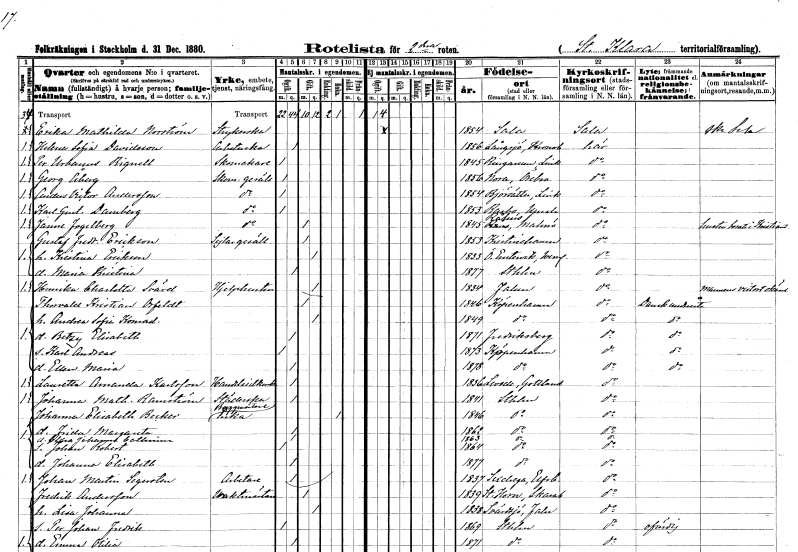
gt_parse: households: individuals: FN: Erika Mathilda
EN: Norström
YRKE: Strykerska
KON: K
CIV: O
FODAR: 1854
FODFORS: Sala Västmanlands län
FN: Helena Sofia
EN: Davidsson
YRKE: Arbeterska
KON: K
CIV: O
FODAR: 1856
FODFORS: Långasjö Kalmar län
FN: Per Urbanus
EN: Rignell
YRKE: Skomakare
KON: M
CIV: O
FODAR: 1845
FODFORS: Ringarum Östergötlands län
FN: Georg
EN: Åberg
YRKE: Skomakaregesäll
KON: M
CIV: O
FODAR: 1856
FODFORS: Nora Örebro län
FN: Anders Victor
EN: Andersson
YRKE: Skomakaregesäll
KON: M
CIV: O
FODAR: 1854
FODFORS: Björsäter Östergötlands län
FN: Karl Gustaf
EN: Damberg
YRKE: Skomakaregesäll
KON: M
CIV: O
FODAR: 1853
FODFORS: Rasbo Uppsala län
FN: Janne
EN: Fogelberg
YRKE: Skomakaregesäll
KON: M
CIV: G
FODAR: 1845
FODFORS: Raus Malmöhus län
FN: Gustaf Fredrik
EN: Eriksson
YRKE: Sejlaregesäll
KON: M
CIV: G
FODAR: 1853
FODFORS: Kristinehamn Värmlands län
FN: Kristina
EN: Eriksson
KON: K
CIV: G
FODAR: 1833
FODFORS: Östra Ämtervik Värmlands län
FN: Maria Kristina
KON: K
CIV: O
FODAR: 1877
FODFORS: Stockholm
FN: Henrika Charlotta
EN: Svärd
YRKE: Hjälphustru
KON: K
CIV: G
FODAR: 1834
FODFORS: Falun Kopparbergs län
FN: Thorvald Kristian
EN: Orfeldt
KON: M
CIV: G
FODAR: 1846
FN: Andrea Sofia Konradina
KON: K
CIV: G
FODAR: 1849
FN: Betzy Elisabeth
KON: K
CIV: O
FODAR: 1871
FN: Karl Andreas
KON: M
CIV: O
FODAR: 1873
FN: Ellen Maria
KON: K
CIV: O
FODAR: 1878
FN: Lauretta Amanda
EN: Karlsson
YRKE: Handelsidkerska
KON: K
CIV: O
FODAR: 1836
FODFORS: Levide Gotlands län
FN: Johanna Mathilda
EN: Ramström
YRKE: Städerska
KON: K
CIV: O
FODAR: 1841
FODFORS: Stockholm
FN: Johanna Elisabeth
EN: Becker
YRKE: Byggmästareänka
KON: K
CIV: E
FODAR: 1846
FODFORS: Stockholm
FN: Frida Margareta
KON: K
CIV: O
FODAR: 1862
FODFORS: Stockholm
FN: Clara Johanna Catharina
KON: K
CIV: O
FODAR: 1863
FODFORS: Stockholm
FN: Johan Robert
KON: M
CIV: O
FODAR: 1864
FODFORS: Stockholm
FN: Johanna Elisabeth
KON: K
CIV: O
FODAR: 1877
FODFORS: Stockholm
FN: Johan Martin
EN: Segersten
YRKE: Arbetare
KON: M
CIV: O
FODAR: 1837
FODFORS: Sexdrega Älvsborgs län